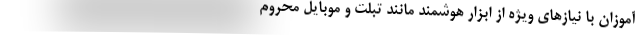
آموزان با نیازهای ویژه از ابزار هوشمند مانند تبلت و موبایل محروم